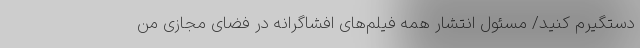
دستگیرم کنید/ مسئول انتشار همه فیلم‌های افشاگرانه در فضای مجازی من